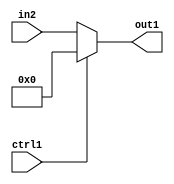
`timescale 1ps / 1ps
/*****************************************************************************
    Verilog RTL Description
    
    
    Created by: CellMath Designer 2019.1.01 
*******************************************************************************/

module avg_pool_N_Mux_8_2_5_4_1 (
	in2,
	ctrl1,
	out1
	); /* architecture "behavioural" */ 
input [7:0] in2;
input  ctrl1;
output [7:0] out1;
wire [7:0] asc001;

reg [7:0] asc001_tmp_0;
assign asc001 = asc001_tmp_0;
always @ (ctrl1 or in2) begin
	case (ctrl1)
		1'B1 : asc001_tmp_0 = 8'B00000000 ;
		default : asc001_tmp_0 = in2 ;
	endcase
end

assign out1 = asc001;
endmodule

/* CADENCE  uLXxTgE= : u9/ySgnWtBlWxVPRXgAZ4Og= ** DO NOT EDIT THIS LINE ******/